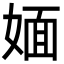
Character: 媔